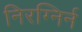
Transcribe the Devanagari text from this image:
निरग्निर्न